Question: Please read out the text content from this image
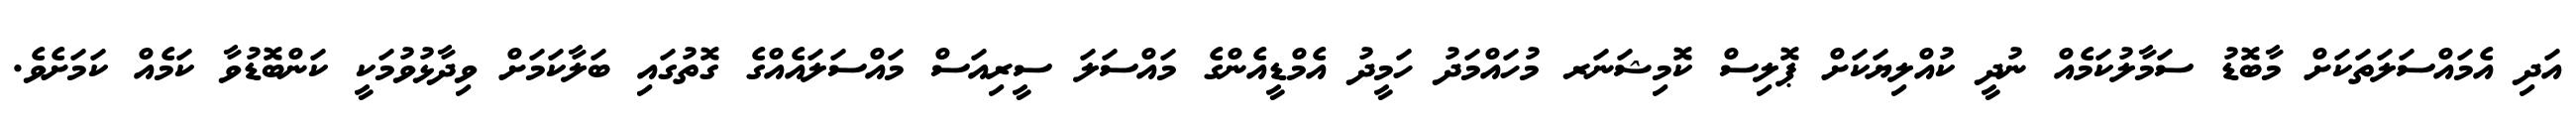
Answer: އަދި އެމައްސަލަތަކަށް މާބޮޑު ސަމާލުކަމެއް ނުދީ ކުއްލިޔަކަށް ޕޮލިސް ކޮމިޝަނަރ މުހައްމަދު ހަމީދު އެމްޑީއެންގެ މައްސަލަ ސީރިއަސް މައްސަލައެއްގެ ގޮތުގައި ބަލާކަމަށް ވިދާޅުވުމަކީ ކަންބޮޑުވާ ކަމެއް ކަމަށެވެ.